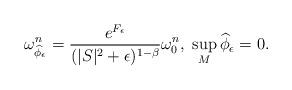
LaTeX: \begin{align*}\omega_{\widehat{\phi}_{\epsilon}}^n=\frac{e^{F_{\epsilon}}}{(|S|^2+\epsilon)^{1-\beta}}\omega^n_{0},\ \sup_{M}\widehat{\phi}_{\epsilon}=0.\end{align*}